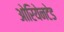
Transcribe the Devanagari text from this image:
ओरियेनटेड